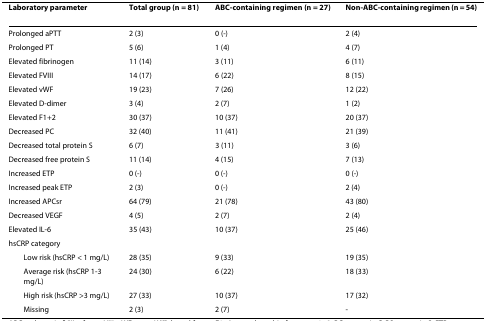
| Laboratory parameter | Total group (n = 81) | ABC-containing regimen (n = 27) | Non-ABC-containing regimen (n = 54) |
 | --- | --- | --- | --- |
 | Prolonged aPTT | 2 (3) | 0 (-) | 2 (4) |
 | Prolonged PT | 5 (6) | 1 (4) | 4 (7) |
 | Elevated fibrinogen | 11 (14) | 3 (11) | 6 (11) |
 | Elevated FVIII | 14 (17) | 6 (22) | 8 (15) |
 | Elevated vWF | 19 (23) | 7 (26) | 12 (22) |
 | Elevated D-dimer | 3 (4) | 2 (7) | 1 (2) |
 | Elevated F1+2 | 30 (37) | 10 (37) | 20 (37) |
 | Decreased PC | 32 (40) | 11 (41) | 21 (39) |
 | Decreased total protein S | 6 (7) | 3 (11) | 3 (6) |
 | Decreased free protein S | 11 (14) | 4 (15) | 7 (13) |
 | Increased ETP | 0 (-) | 0 (-) | 0 (-) |
 | Increased peak ETP | 2 (3) | 0 (-) | 2 (4) |
 | Increased APCsr | 64 (79) | 21 (78) | 43 (80) |
 | Decreased VEGF | 4 (5) | 2 (7) | 2 (4) |
 | Elevated IL-6 | 35 (43) | 10 (37) | 25 (46) |
 | hsCRP category |  |  |  |
 | Low risk (hsCRP < 1 mg/L) | 28 (35) | 9 (33) | 19 (35) |
 | Average risk (hsCRP 1-3 mg/L) | 24 (30) | 6 (22) | 18 (33) |
 | High risk (hsCRP >3 mg/L) | 27 (33) | 10 (37) | 17 (32) |
 | Missing | 2 (3) | 2 (7) | - |